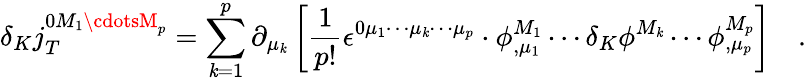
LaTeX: \delta_{K}j_{T}^{0M_{1}\cdotsM_{p}}=\sum_{\mathit{k}=1}^{p}\partial_{\mu_{\mathit{k}}}\left[\frac{1}{{p!}}\epsilon^{0\mu_{1}\cdots\mu_{\mathit{k}}\cdots\mu_{p}}\cdot\phi_{,\mu_{1}}^{M_{1}}\cdots\delta_{K}\phi^{M_{\mathit{k}}}\cdots\phi_{,\mu_{p}}^{M_{p}}\right]\quad.